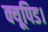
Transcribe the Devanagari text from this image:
क्यूपिड।